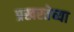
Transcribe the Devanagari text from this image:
प्रखरतेच्या